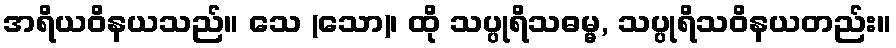
အရိယဝိနယသည်။ သေ (သော)၊ ထို သပ္ပုရိသဓမ္မ, သပ္ပုရိသဝိနယတည်း။